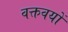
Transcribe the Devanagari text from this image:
वक्तवयों